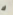
ك